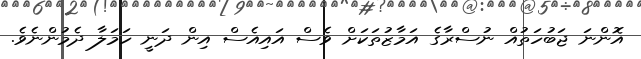
އޮންނަ ޖަބުހަތުއް ނުސްރާގެ އަމާޒުތަކަށް ވެސް އައިއެސް އިން ދަނީ ހަމަލާ ދެމުންނެވެ.